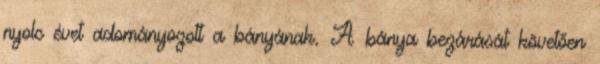
nyolc évet adományozott a bányának. A bánya bezárását követően